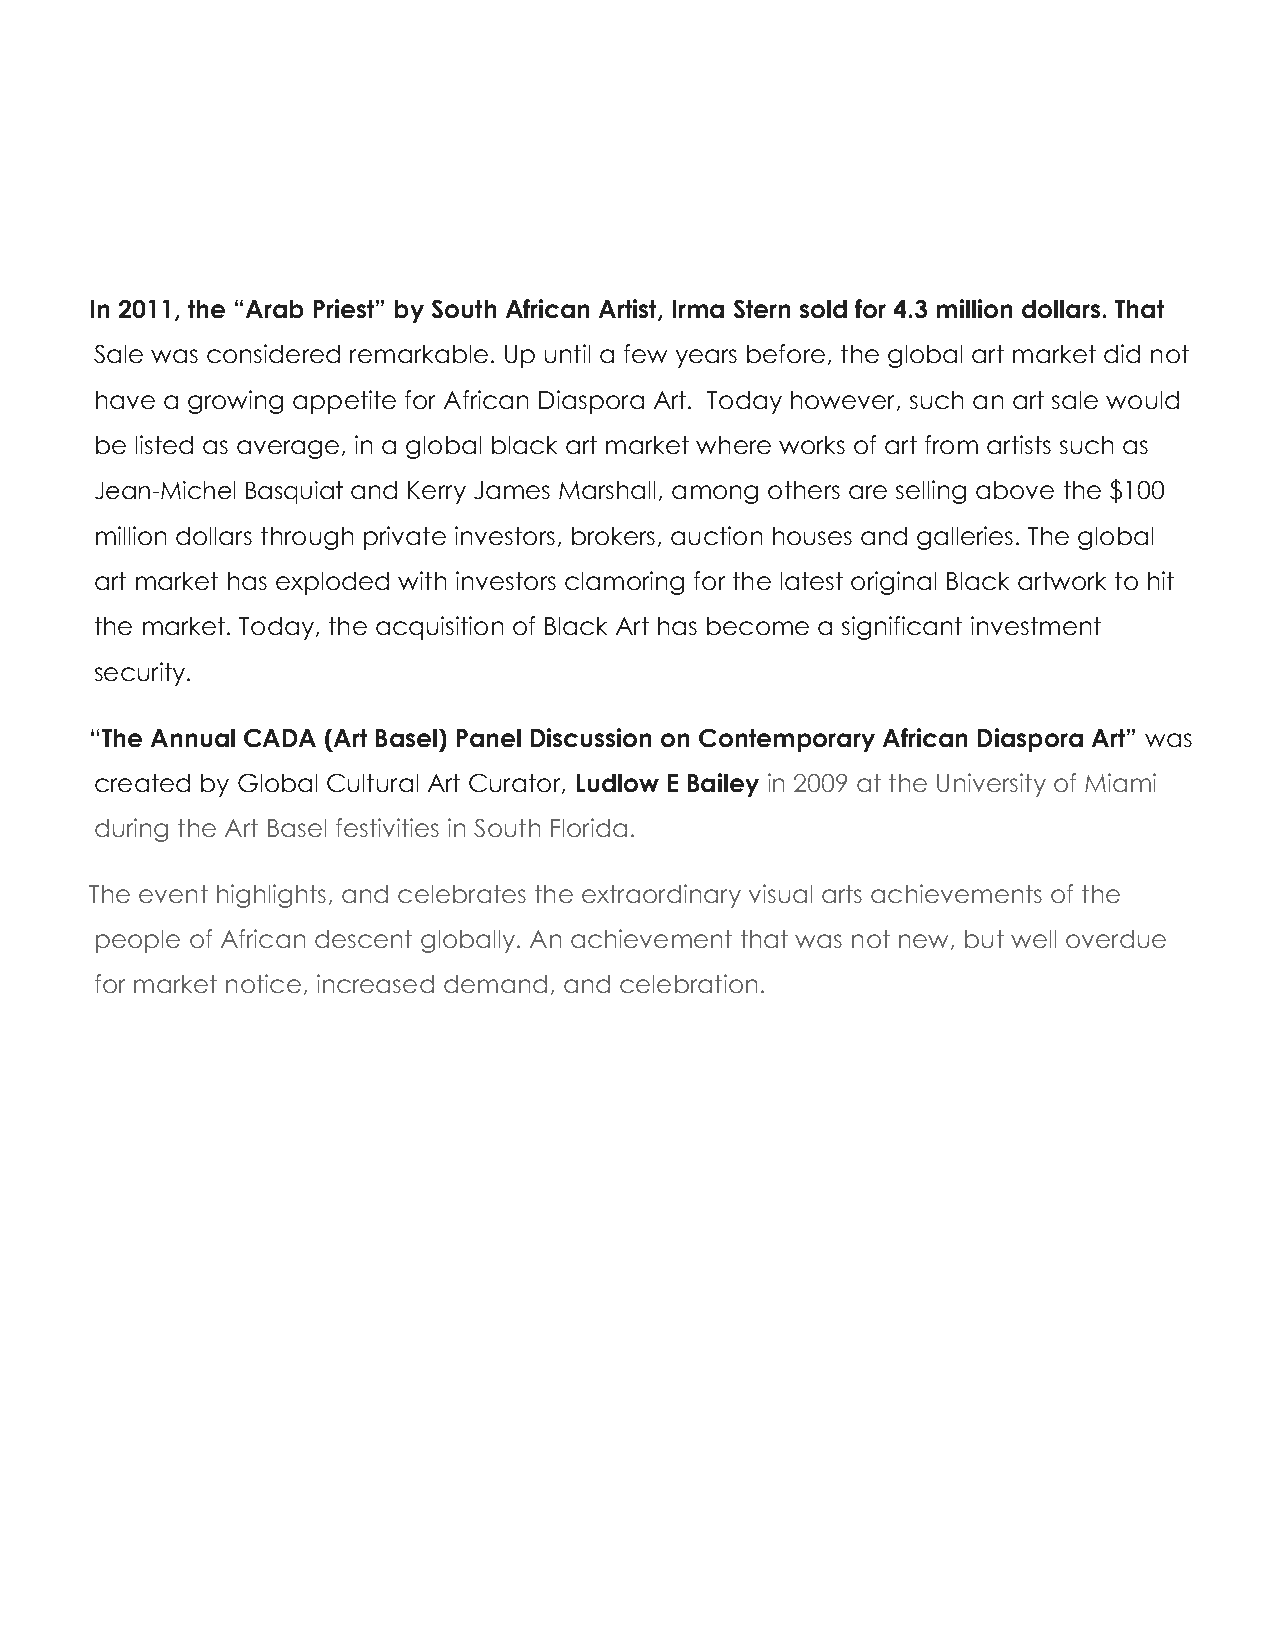
In 2011, the “Arab Priest” by South African Artist, Irma Stern sold for 4.3 million dollars. That
 Sale was considered remarkable. Up until a few years before, the global art market did not
 have a growing appetite for African Diaspora Art. Today however, such an art sale would
 be listed as average, in a global black art market where works of art from artists such as
 Jean-Michel Basquiat and Kerry James Marshall, among others are selling above the $100
 million dollars through private investors, brokers, auction houses and galleries. The global
 art market has exploded with investors clamoring for the latest original Black artwork to hit
 the market. Today, the acquisition of Black Art has become a significant investment
 security.
 “ The Annual CADA (Art Basel) Panel Discussion on Contemporary African Diaspora Art” was
 created by Global Cultural Art Curator, Ludlow E Bailey in 2009 at the University of Miami
 during the Art Basel festivities in South Florida.
 The event highlights, and celebrates the extraordinary visual arts achievements of the
 people of African descent globally. An achievement that was not new, but well overdue
 for market notice, increased demand, and celebration.